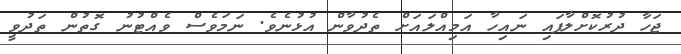
ޖަހާ ދުރުކޮށްލާފައި ނައިހާ އަމިއްލައަށް ތެދުވާން އުޅުނެވެ. ނަމަވެސް ވެއްޓުނު ގޮތުން ތަދުވީ